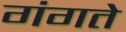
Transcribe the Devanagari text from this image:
गंगते